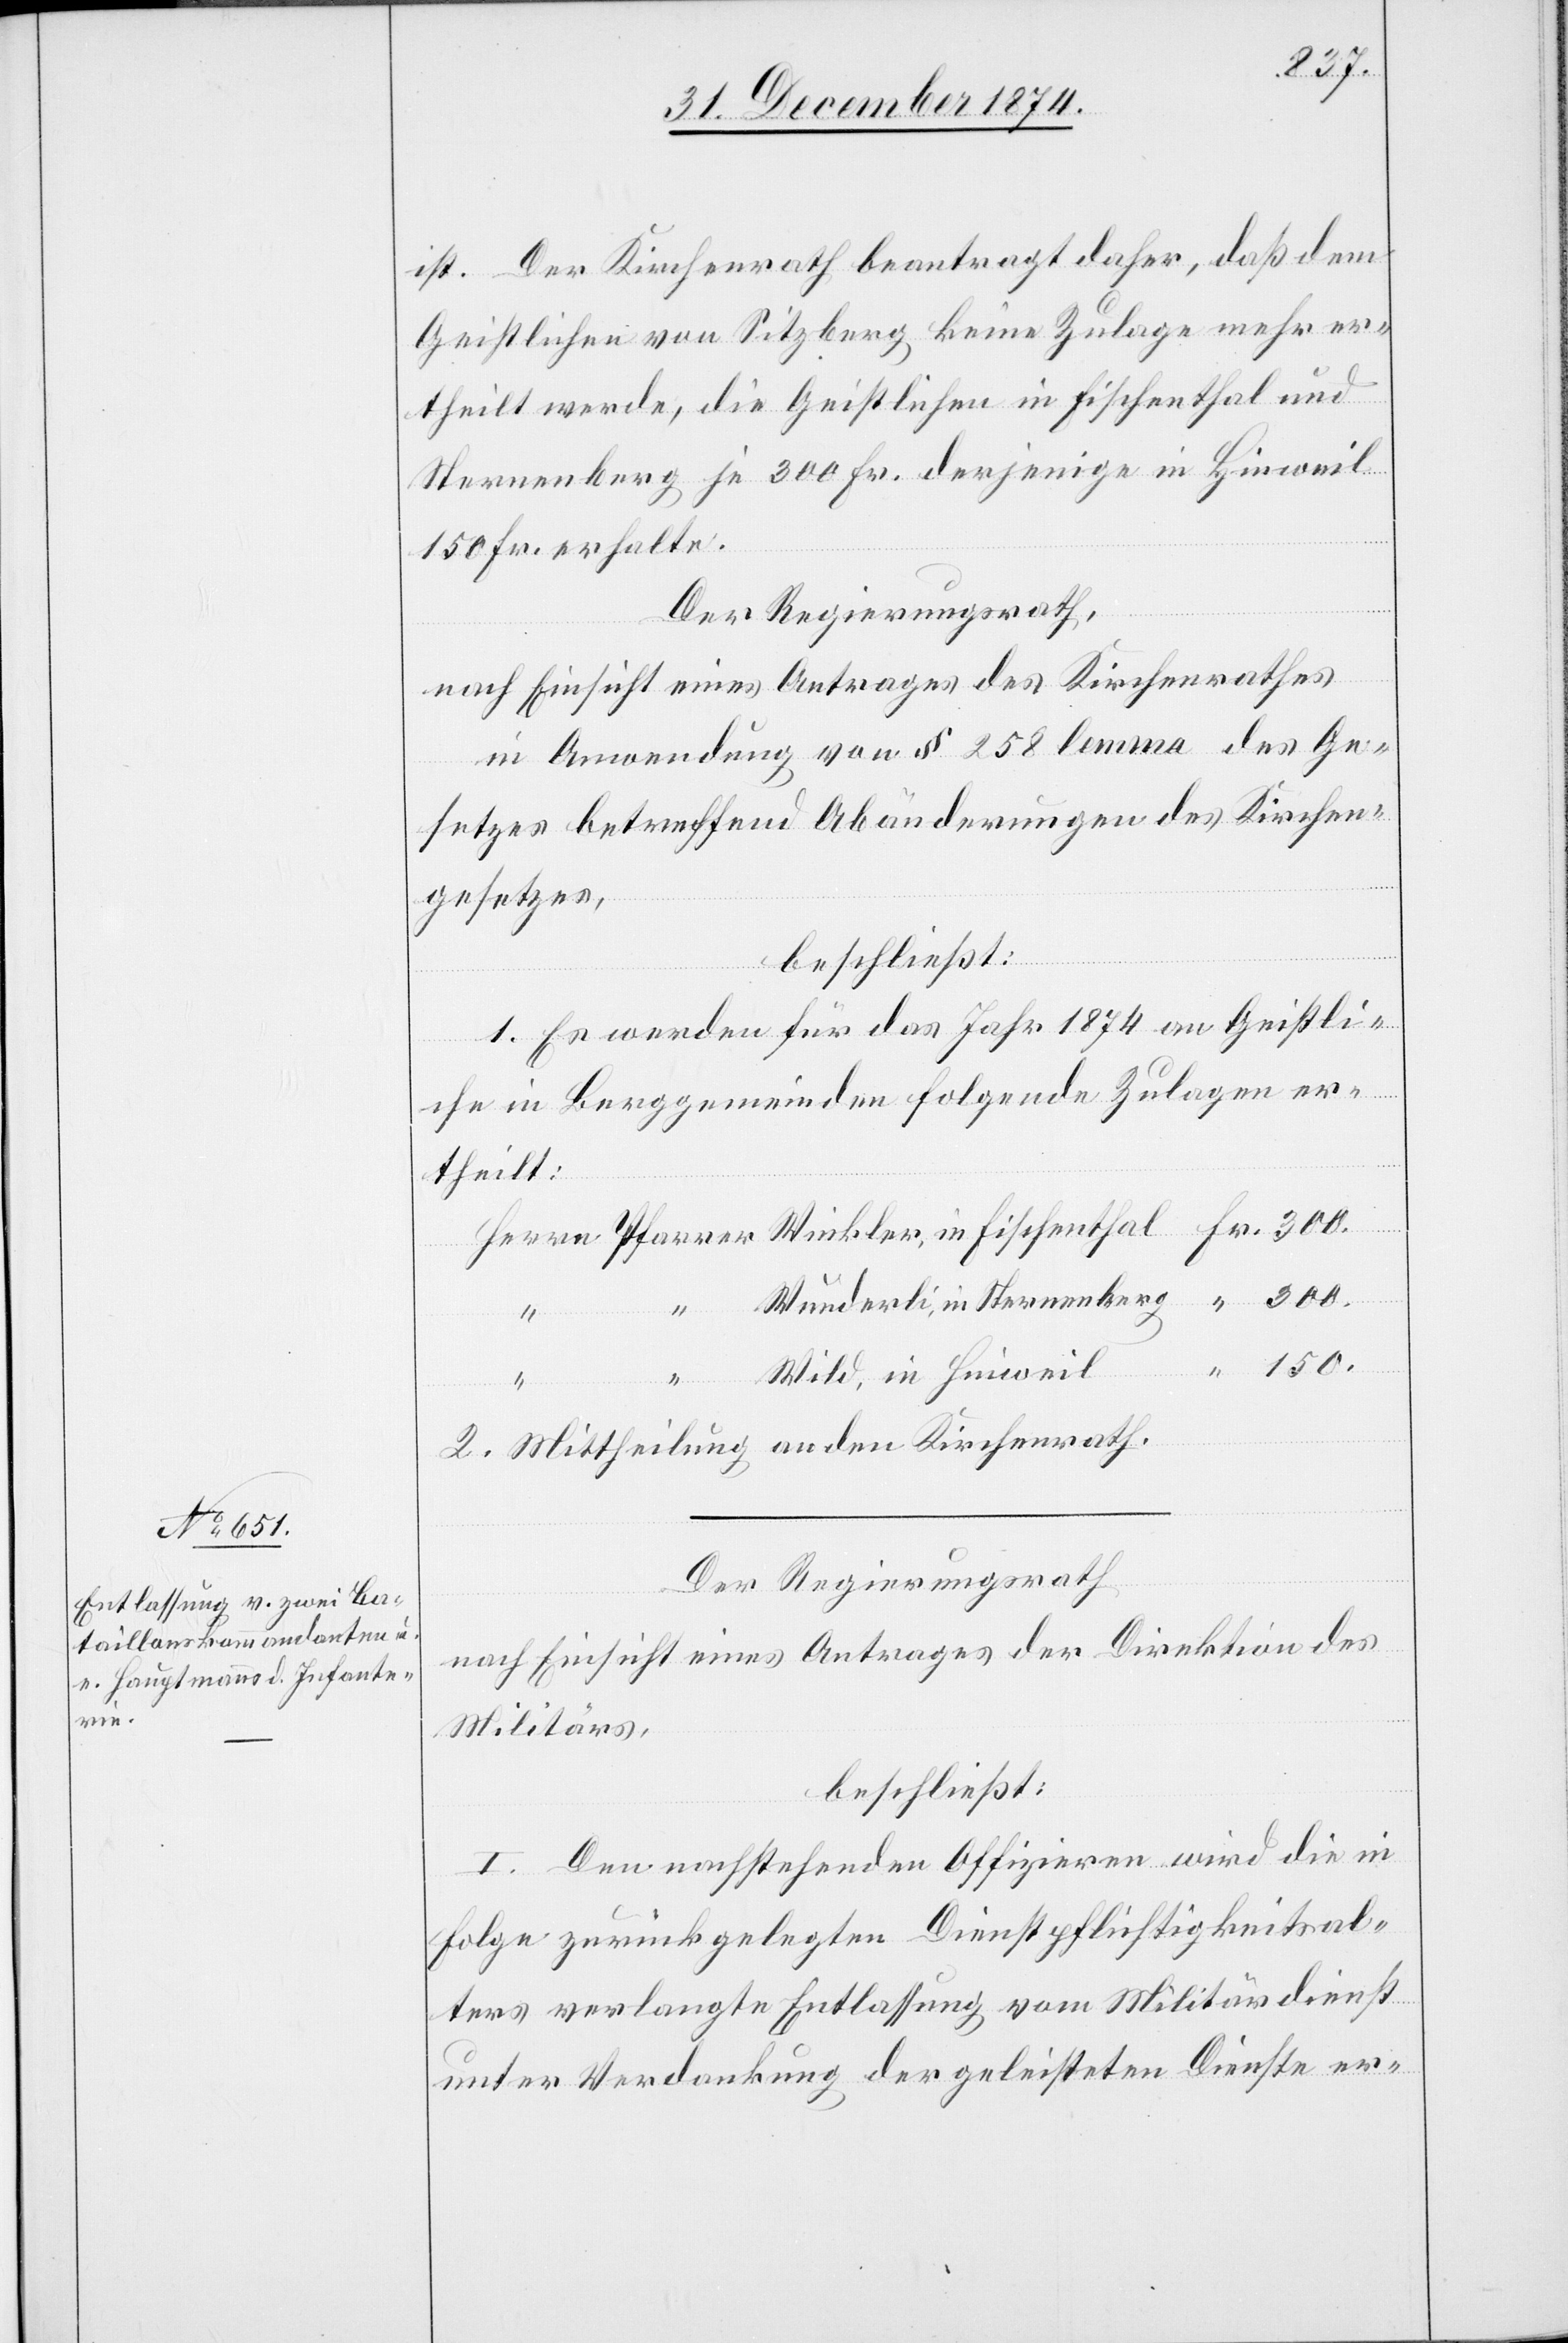
in

150.
ist. Der Kirchenrath beantragt daher, daß dem
Geistlichen von Sitzberg keine Zulage mehr er¬
theilt werde, die Geistlichen in Fischenthal und
Sternenberg je 300 Fr. derjenige in Hinweil
150 Fr. erhalte.
Der Regierungsrath,
nach Einsicht eines Antrages des Kirchenrathes,
in Anwendung von § 258 lemma … des Ge¬
setzes betreffend Abänderungen des Kirchen¬
gesetzes,
beschließt:
1. Es werden für das Jahr 1874 an Geistli¬
che in Berggemeinden folgende Zulagen er¬
theilt:
Wunderli, in Sternenberg
Winkler,
Wild, in Hinweil
2. Mittheilung an den Kirchenrath.
Der Regierungsrath
nach Einsicht eines Antrages der Direktion des
Militärs,
beschließt:
I. Den nachstehenden Offizieren wird die in
Folge zurückgelegten Dienstpflichtigkeitsal¬
ters verlangte Entlassung vom Militärdienst
unter Verdankung der geleisteten Dienste er-